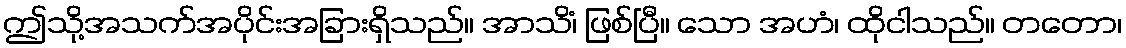
ဤသို့အသက်အပိုင်းအခြားရှိသည်။ အာသိံ၊ ဖြစ်ပြီ။ သော အဟံ၊ ထိုငါသည်။ တတော၊